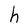
Character: h